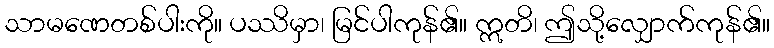
သာမဏေတစ်ပါးကို။ ပဿိမှာ၊ မြင်ပါကုန်၏။ ဣတိ၊ ဤသို့လျှောက်ကုန်၏။